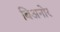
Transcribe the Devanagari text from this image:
बिअनोर